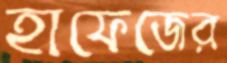
হাফেজের